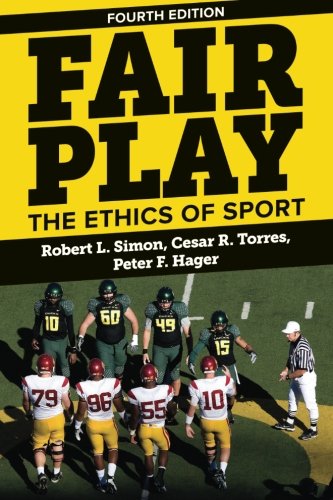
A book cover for Fair Play: The Ethics of Sport; Robert L. Simon; Sports & Outdoors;